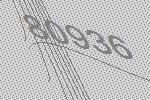
80936